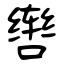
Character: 辔